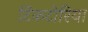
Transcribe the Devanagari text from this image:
टिंकटोरिया